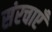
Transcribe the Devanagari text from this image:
संरचाएँ